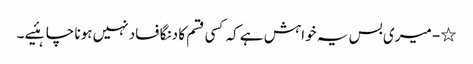
٭- میری بس یہ خواہش ہے کہ کسی قسم کا دنگا فساد نہیں ہونا چاہئیے ۔